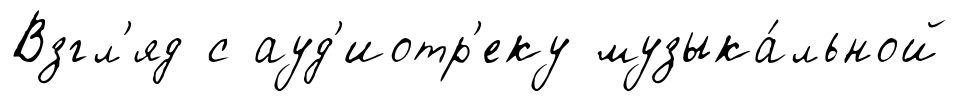
Взгл'яд с ауд'иотр'еку музыка́льной